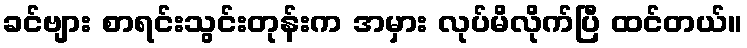
ခင်ဗျား စာရင်းသွင်းတုန်းက အမှား လုပ်မိလိုက်ပြီ ထင်တယ်။